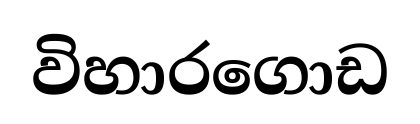
විහාරගොඩ